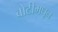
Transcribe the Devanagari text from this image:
बोटीमधून